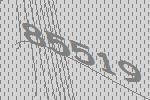
85519